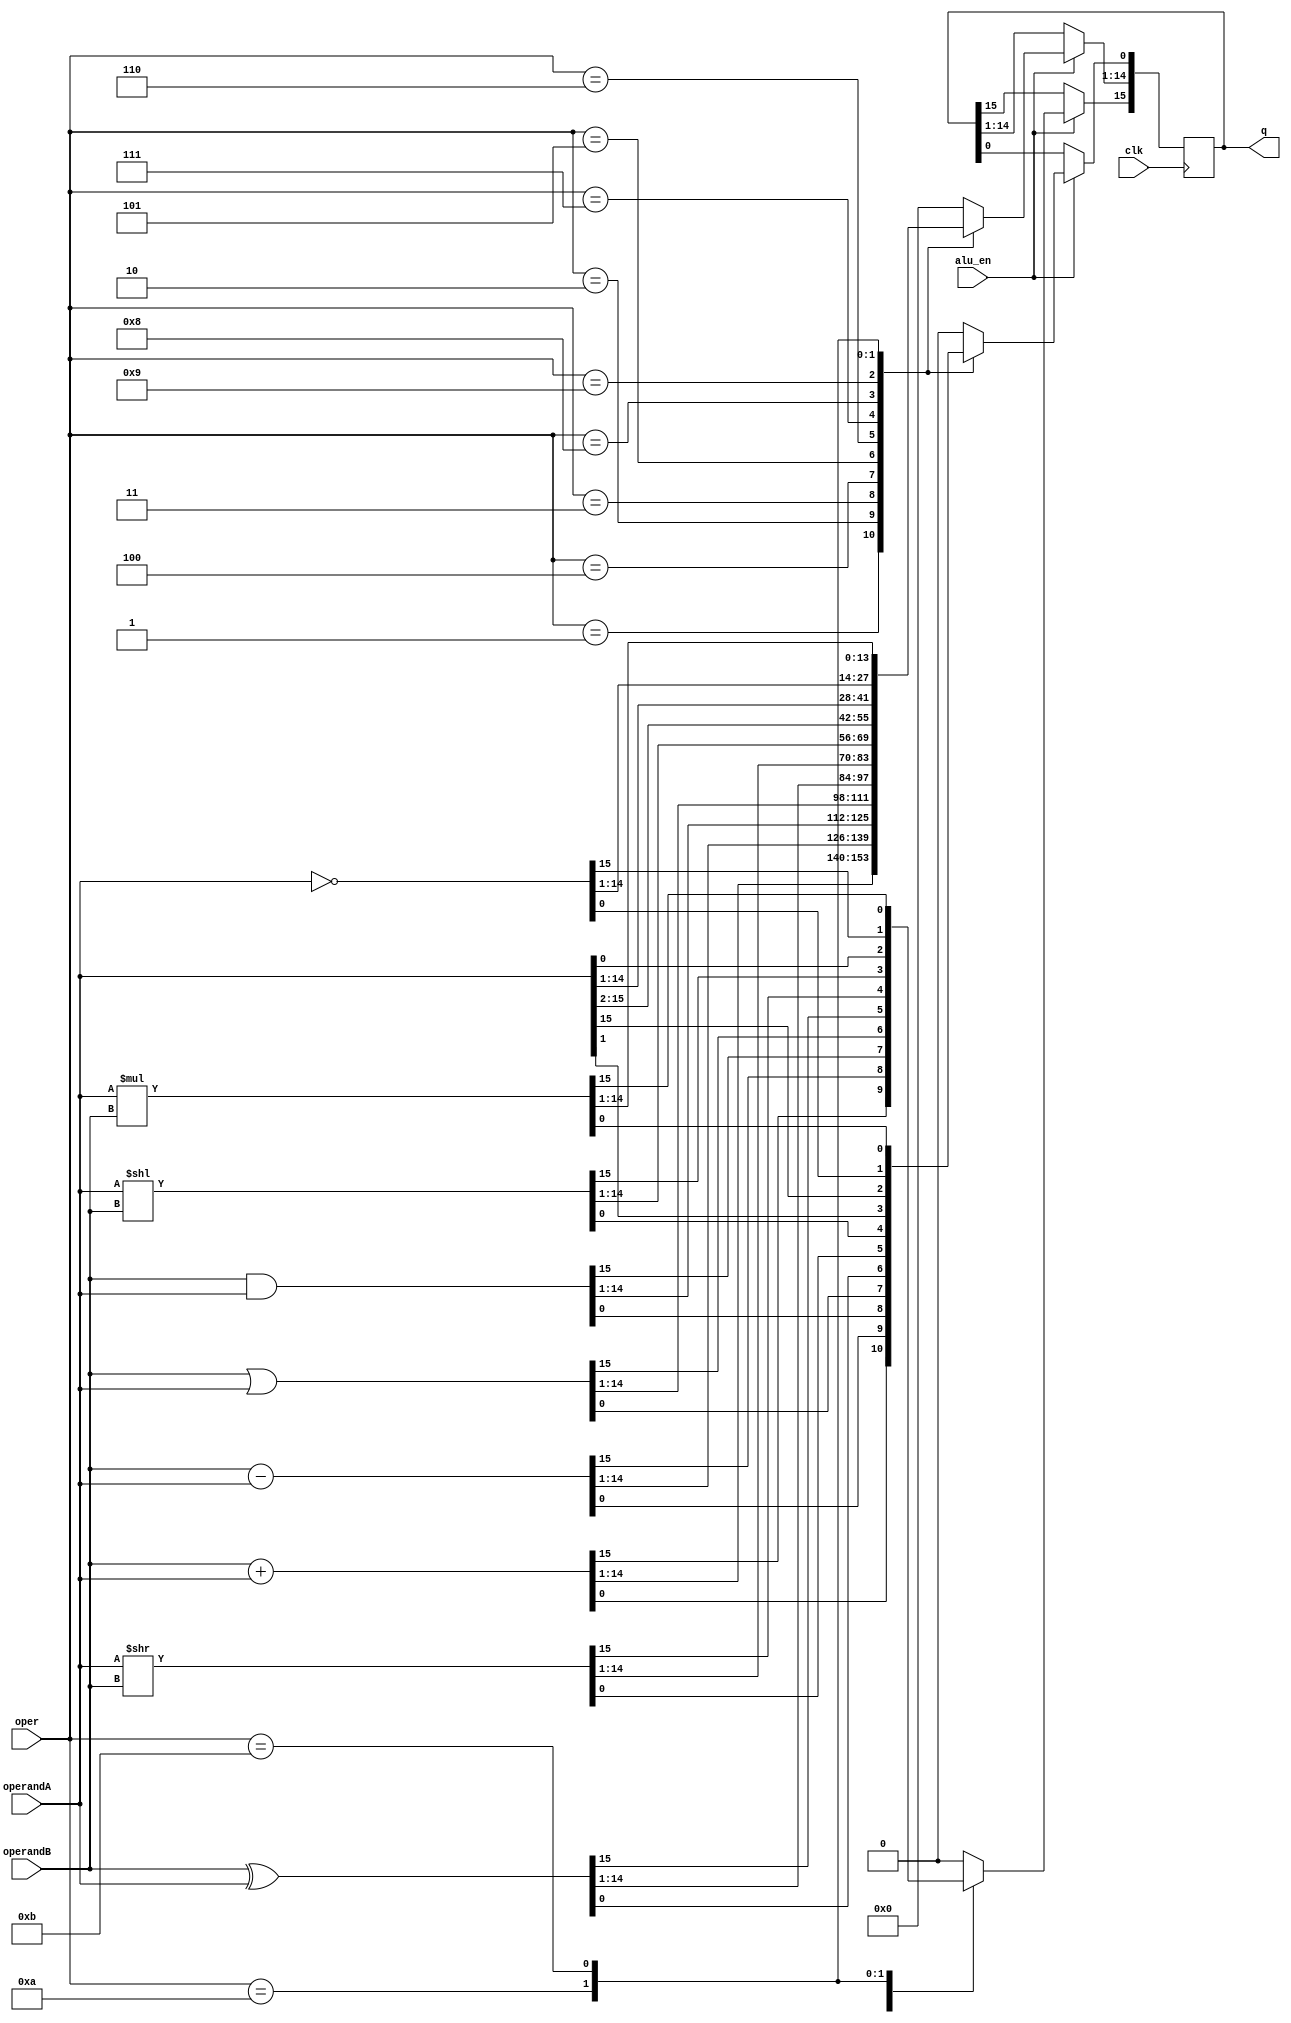
module alu(input wire clk, 
           input alu_en,
           input [15:0] operandA, 
           input [15:0]operandB, 
           input [3:0] oper, 
           output [15:0] q);

    always @(posedge clk) begin
        if (alu_en) begin
            case(oper)
            1: q <= operandB + operandA; // add
            2: q <= operandB - operandA; // sub
            3: q <= operandB & operandA; // and
            4: q <= operandB | operandA; // or
            5: q <= operandB ^ operandA; // xor
            6: q <= operandA >> operandB; // shift right certain bits
            7: q <= operandA << operandB; // shift left certain bits
            8: begin // rotate by one bit to the right
                q[15] <= operandA[0];
                q[14:0] <= operandA[15:1];
            end
            9: begin // rotate by one bit to the left
                q[0] <= operandA[15];
                q[15:1] <= operandA[14:1];
            end
            10: q <= ~operandA; // not operand A
            11: q <= operandA * operandB;
            default: q <= 0;//no op
            endcase
        end
    end
endmodule